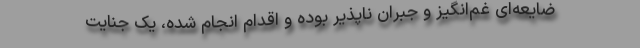
ضایعه‌ای غم‌انگیز و جبران ناپذیر بوده و اقدام انجام شده، یک جنایت